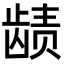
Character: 𬺉